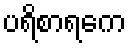
ပရိစာရကေ